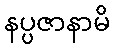
နပ္ပဇာနာမိ